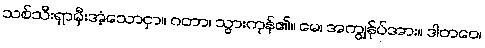
သစ်သီးရှာမှီးအံ့သောငှာ။ ဂတာ၊ သွားကုန်၏။ မေ၊ အကျွန်ုပ်အား။ ဒါတဝေ၊